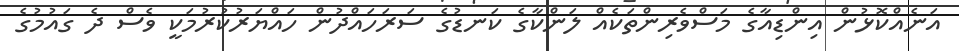
އަނެއްކޮޅުން އިންޑިއާގެ މަސްވެރިންތަކެއް ލަންކާގެ ކަނޑުގެ ސަރަހައްދުން ހައްޔަރުކުރުމަކީ ވެސް ދެ ގައުމުގެ